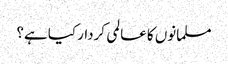
مسلمانوں کا عالمی کردار کیا ہے؟